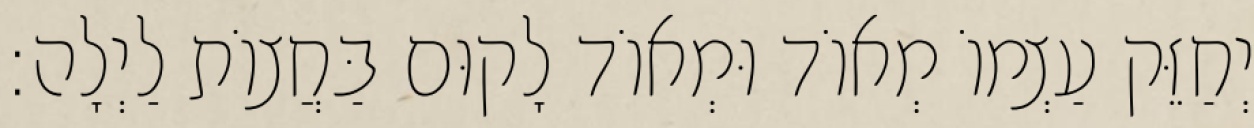
יְחַזֵּק עַצְמוֹ מְאוֹד וּמְאוֹד לָקוּם בַּחֲצוֹת לַיְלָה: